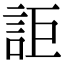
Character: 詎